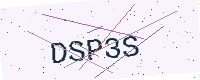
Text: DSP3S